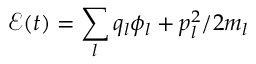
\mathcal { E } ( t ) = \sum _ { l } q _ { l } \phi _ { l } + p _ { l } ^ { 2 } / 2 m _ { l }